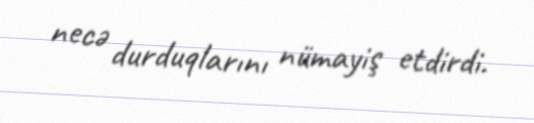
necə durduqlarını nümayiş etdirdi.